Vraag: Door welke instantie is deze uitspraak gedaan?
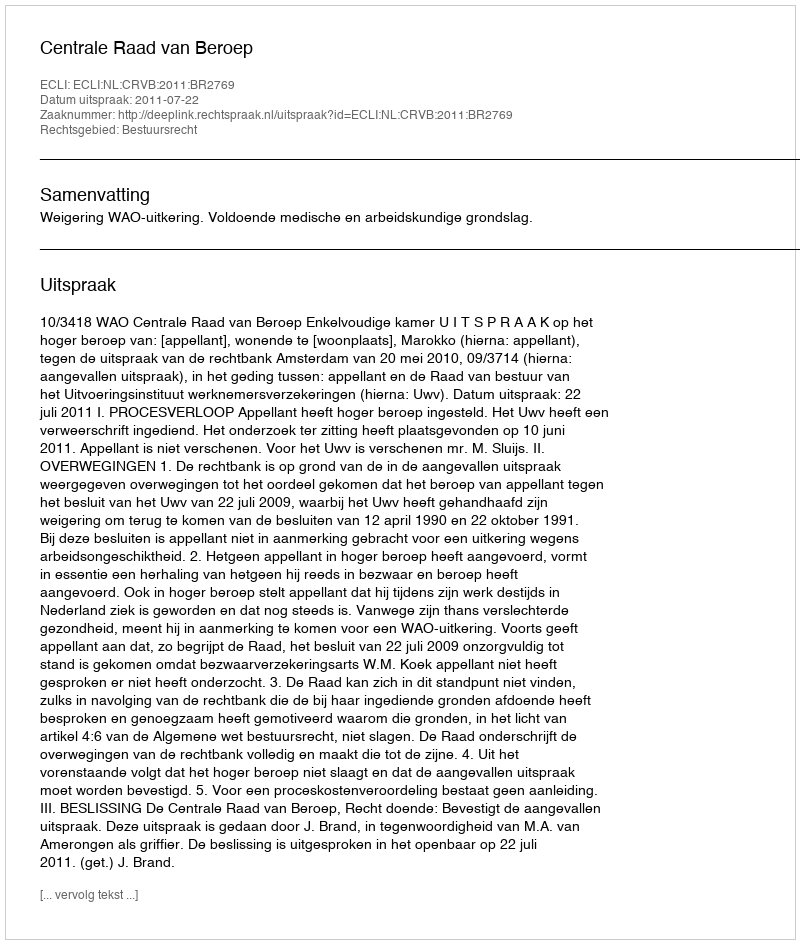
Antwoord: Centrale Raad van Beroep